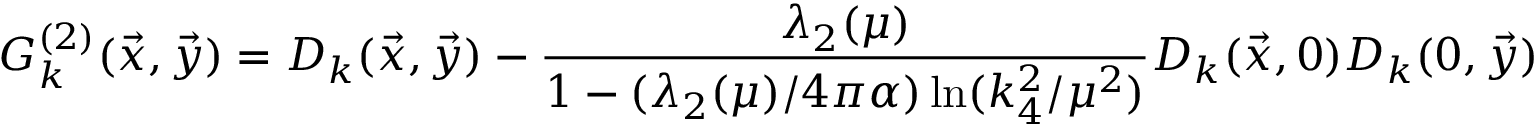
G _ { k } ^ { ( 2 ) } ( { \vec { x } } , { \vec { y } } ) = D _ { k } ( { \vec { x } } , { \vec { y } } ) - { \frac { \lambda _ { 2 } ( \mu ) } { 1 - ( \lambda _ { 2 } ( \mu ) / 4 \pi \alpha ) \ln ( k _ { 4 } ^ { 2 } / \mu ^ { 2 } ) } } D _ { k } ( { \vec { x } } , 0 ) D _ { k } ( 0 , { \vec { y } } )